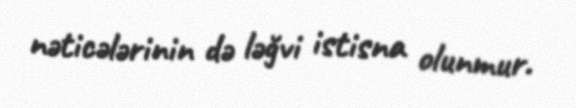
nəticələrinin də ləğvi istisna olunmur.